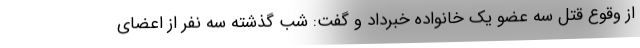
از وقوع قتل سه عضو یک خانواده خبرداد و گفت: شب گذشته سه نفر از اعضای